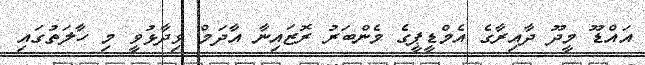
އައްޑޫ މީދޫ ދާއިރާގެ އެމްޑީޕީގެ މެންބަރު ރޮޒައިނާ އާދަމް ވިދާޅުވީ މި ހާލަތުގައި